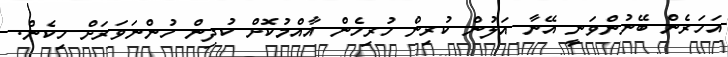
އަހަރެން ބޭނުންވަނީ އޭނާ އަލުން ކުރިން ހުރިހެން އާއްމުކޮށް ކުދިން ހުންނަވަރަށް ހިކެން.